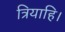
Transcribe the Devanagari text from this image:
त्रियाहि।